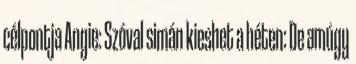
célpontja Angie: Szóval simán kieshet a héten: De amúgy